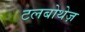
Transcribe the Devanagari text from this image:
टलबोथेज़